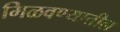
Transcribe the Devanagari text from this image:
मिळवण्यातील